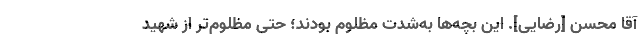
آقا محسن [رضایی]. این بچه‌ها به‌شدت مظلوم بودند؛ حتی مظلوم‌تر از شهید